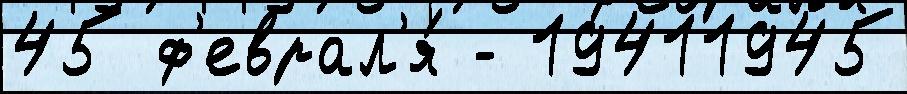
45 ф'еврал'я́ - 19411945